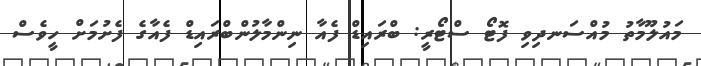
މައުލޫމާތު މުއްސަނދިވި ފޮޓޯ ސްޓޯރީ: ބްރައިޑް ފެއާ ނިންމާލުންބްރައިޑް ފެއާގެ ފެށުމަށް ހީވެސް